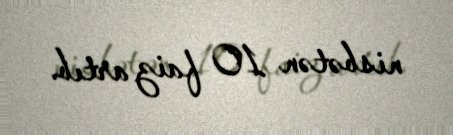
nisbətən 10 faiz artıb.